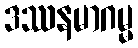
ဒဿနမာဂမ္မ